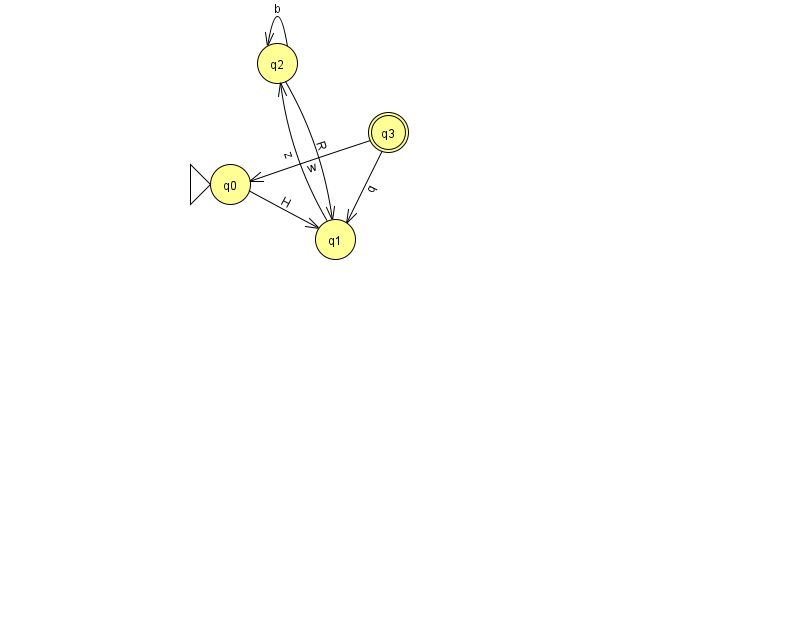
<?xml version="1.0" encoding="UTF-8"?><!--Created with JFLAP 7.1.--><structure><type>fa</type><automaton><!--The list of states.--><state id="0" name="q0"><x>230.0</x><y>171.0</y><initial/></state><state id="1" name="q1"><x>335.0</x><y>226.0</y></state><state id="2" name="q2"><x>277.0</x><y>50.0</y></state><state id="3" name="q3"><x>388.0</x><y>119.0</y><final/></state><!--The list of transitions.--><transition><from>2</from><to>2</to><read>b</read></transition><transition><from>1</from><to>2</to><read>z</read></transition><transition><from>0</from><to>1</to><read>H</read></transition><transition><from>3</from><to>1</to><read>q</read></transition><transition><from>2</from><to>1</to><read>R</read></transition><transition><from>3</from><to>0</to><read>w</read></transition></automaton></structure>